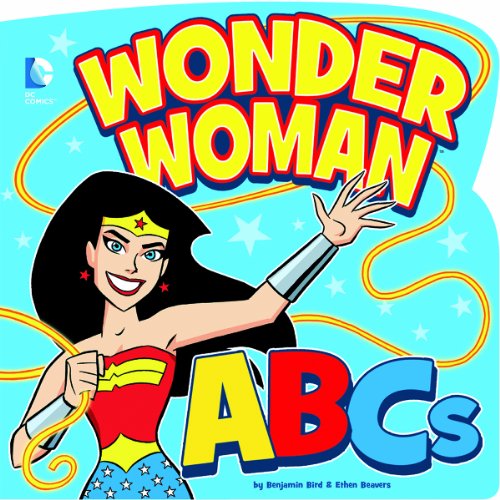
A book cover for Wonder Woman ABCs (DC Board Books); Benjamin Bird; Children's Books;